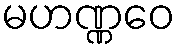
မဟဏ္ဏဝေ